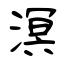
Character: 溟